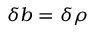
\delta b = \delta \rho